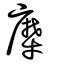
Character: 犘